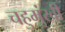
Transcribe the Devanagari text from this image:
चहुमुंखी